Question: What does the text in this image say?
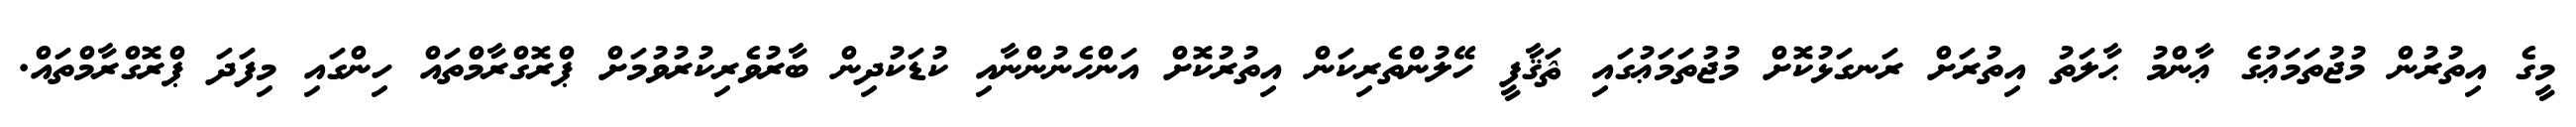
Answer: މީގެ އިތުރުން މުޖުތަމަޢުގެ ޢާންމު ޙާލަތު އިތުރަށް ރަނގަޅުކޮށް މުޖުތަމަޢުގައި ޘަޤާފީ ހޭލުންތެރިކަން އިތުރުކޮށް އަންހެނުންނާއި ކުޑަކުދިން ބާރުވެރިކުރުވުމަށް ޕްރޮގްރާމްތައް ހިންގައި މިފަދަ ޕްރޮގްރާމްތައް.